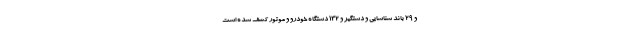
و ۲۹ باند شناسایی و دستگیر و ۱۳۲ دستگاه خودرو و موتور کشف شده است